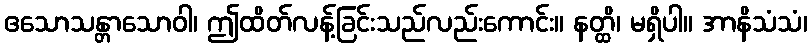
ဧသောသန္တာသောဝါ၊ ဤထိတ်လန့်ခြင်းသည်လည်းကောင်း။ နတ္ထိ၊ မရှိပါ။ အာနိသံသံ၊